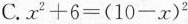
C.$$x ^ { 2 } + 6 = ( 1 0-x) ^ { 2 }$$